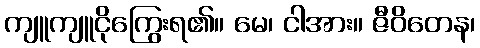
ကျူကျူငိုကြွေးရ၏။ မေ၊ ငါအား။ ဇီဝိတေန၊